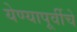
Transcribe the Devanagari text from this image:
येण्यापूर्वीचे